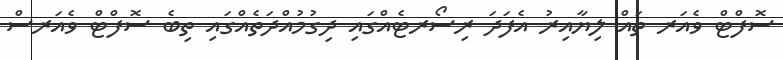
ސޮފްޓް ވެއަރ ތައް ލިޔާއިރު އެފަދަ ރިސޯރޓެއްގައި ދިގުމުއްދަތެއްގައި ތިބެ ސޮފްޓް ވެއަރސް